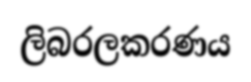
ලිබරලකරණය